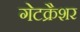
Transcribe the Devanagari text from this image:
गेटक्रैशर